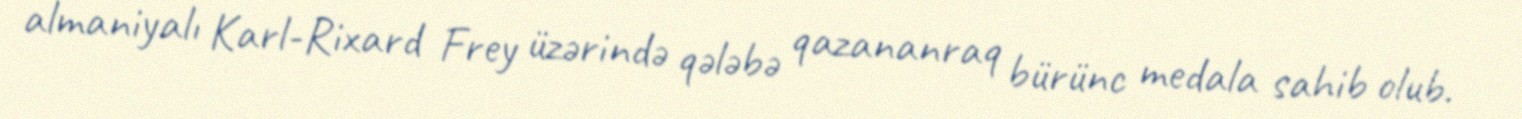
almaniyalı Karl-Rixard Frey üzərində qələbə qazananraq bürünc medala sahib olub.